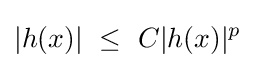
|h(x)|~\leq ~C|h(x)|^{p}